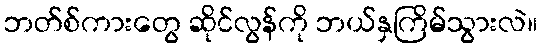
ဘတ်စ်ကားတွေ ဆိုင်လွန်ကို ဘယ်နှကြိမ်သွားလဲ။